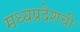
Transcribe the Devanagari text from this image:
मध्यप्रदेशची